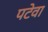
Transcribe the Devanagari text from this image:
पटेवा